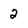
Character: 2